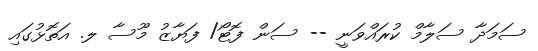
ސަމަދާ ސަލާމް ކުރައްވަނީ -- ސަން ފޮޓޯ/ ފަޔާޒު މޫސާ ލ. އަތޮޅުގައި